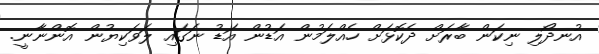
އުނދޯލި ނިކަން ބާރަށް ދެކޮޅަށް ހެއްލަމުން އަޑުން އަޑު ނަގައި ލަވަކިޔުން އޮންނާނީ.